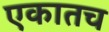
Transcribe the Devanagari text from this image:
एकातच